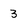
Character: 3